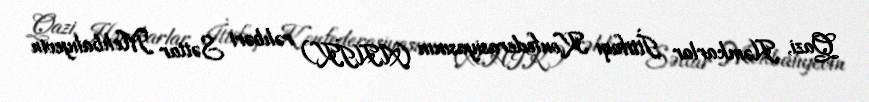
Qazi, Həmkarlar İttifaqı Konfederasiyasının (AHİK) rəhbəri Səttar Mehbalıyevin